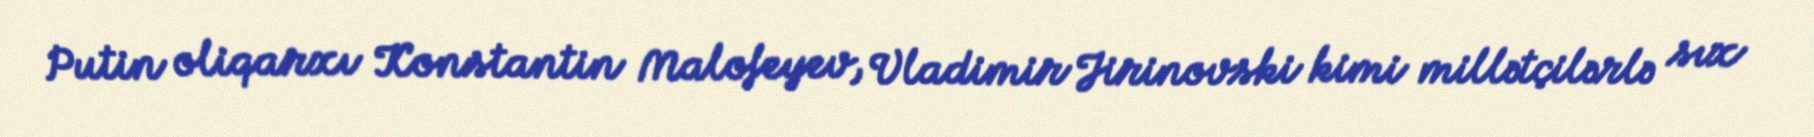
Putin oliqarxı Konstantin Malofeyev, Vladimir Jirinovski kimi millətçilərlə sıx